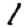
Digit: 1